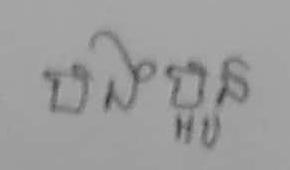
បងប្អូន